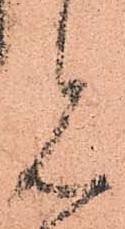
見